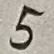
Text: 5